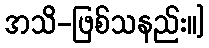
အသိ-ဖြစ်သနည်း။]